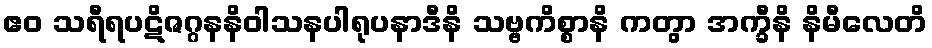
ဧဝ သရီရပဋိဇဂ္ဂနနိဝါသနပါရုပနာဒီနိ သဗ္ဗကိစ္စာနိ ကတွာ အက္ခီနိ နိမီလေတိ